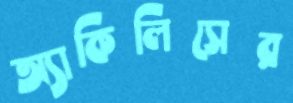
অ্যাকিলিসের